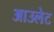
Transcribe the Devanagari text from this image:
आउलेट